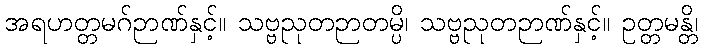
အရဟတ္တမဂ်ဉာဏ်နှင့်။ သဗ္ဗညုတဉာတမ္ပိ၊ သဗ္ဗညုတဉာဏ်နှင့်။ ဥတ္တမန္တိ၊